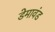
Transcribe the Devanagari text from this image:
डेमावंड